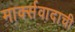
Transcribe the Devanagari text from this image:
मार्क्सवादाची